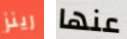
رينز عنها